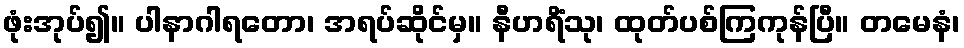
ဖုံးအုပ်၍။ ပါနာဂါရတော၊ အရပ်ဆိုင်မှ။ နီဟရိံသု၊ ထုတ်ပစ်ကြကုန်ပြီ။ တမေနံ၊